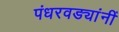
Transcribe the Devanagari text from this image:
पंधरवड्यांनीं